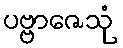
ပဗ္ဗာဇေသုံ